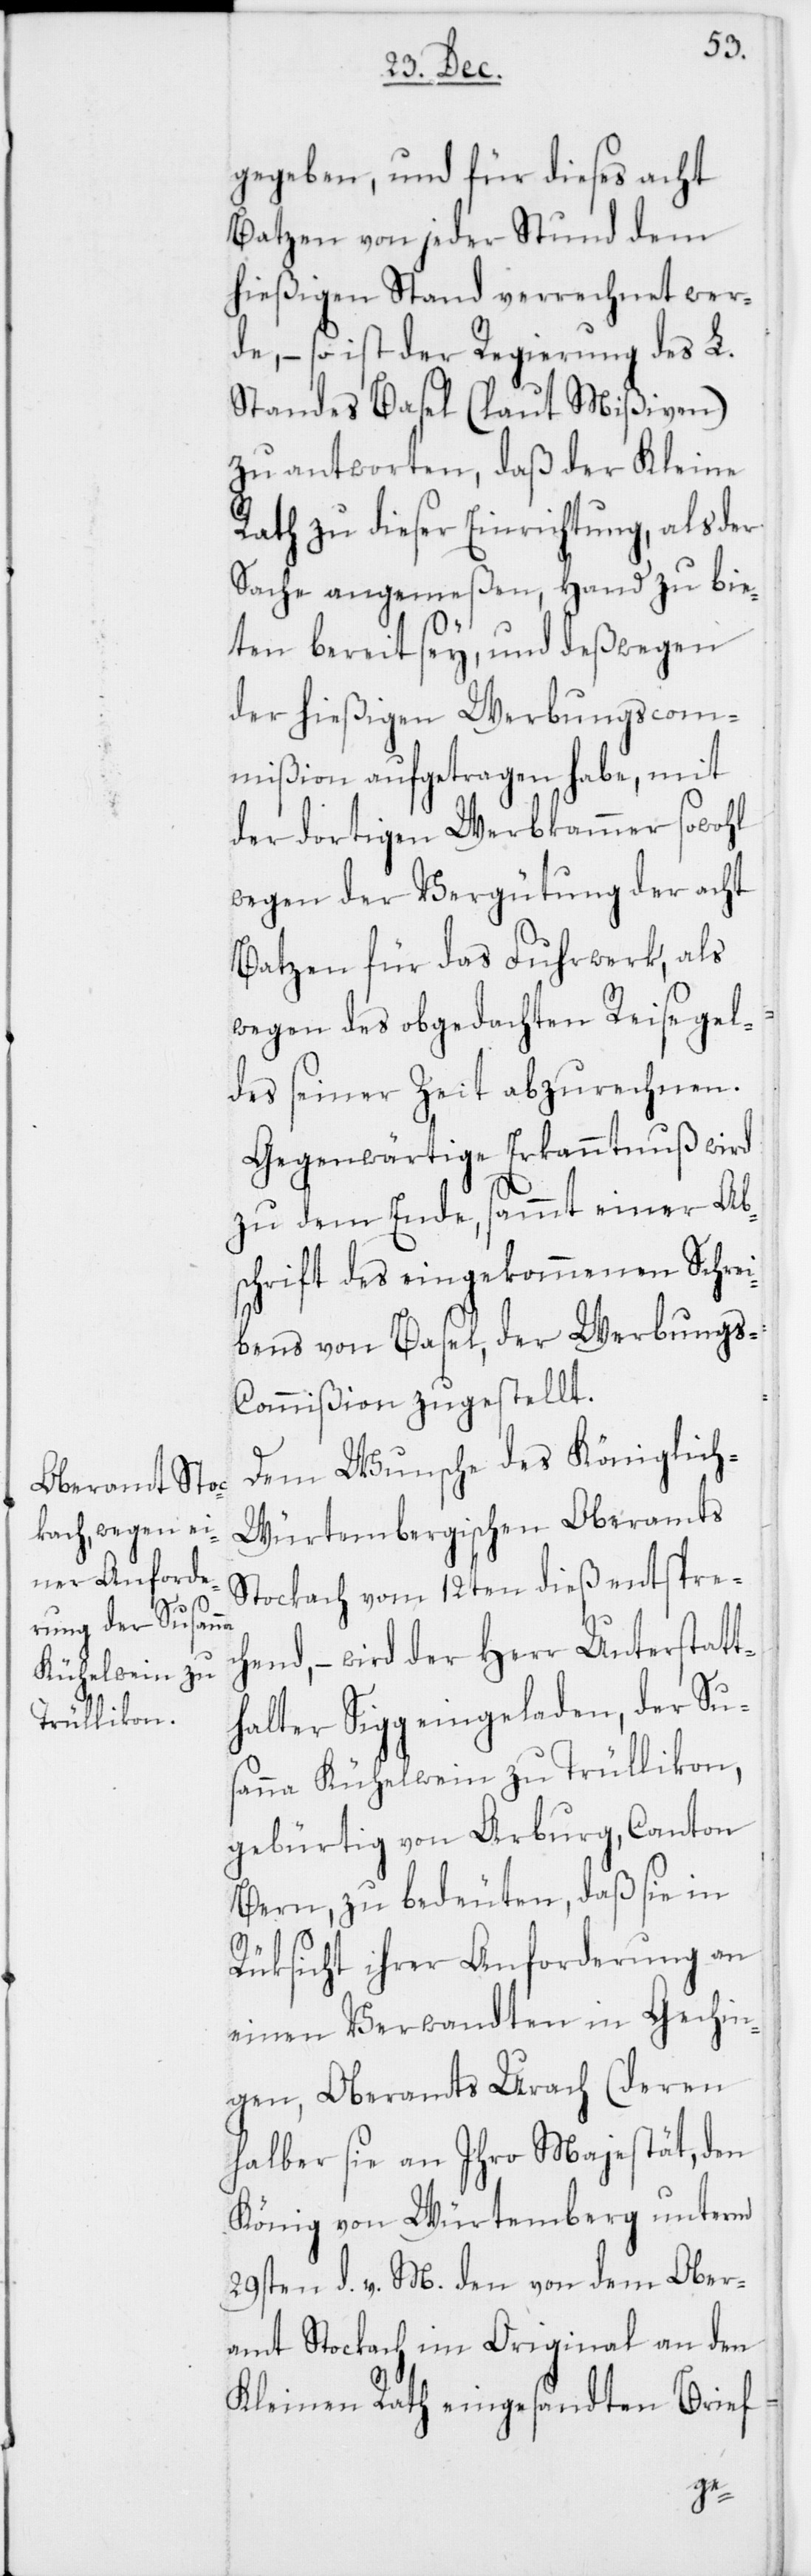
gegeben, und für dieses acht
Batzen von jeder Stund dem
hießigen Stand verrechnet wer¬
de, – so ist der Regierung des L.
Standes Basel (laut Mißiven)
zu antworten, daß der Kleine
Rath zu dieser Einrichtung, als der
Sache angemeßen, Hand zu bie¬
ten bereit sey, und deßwegen
der hießigen Werbungscom¬
mißion aufgetragen habe, mit
der dortigen Werbkammer sowohl
wegen der Vergütung der acht
Batzen für das Fuhrwerk, als
wegen des obgedachten Reisegel¬
des seiner Zeit abzurechnen.
Gegenwärtige Erkanntnuß wird
zu dem Ende, sammt einer Abs¬
chrift des eingekommenen Schrei¬
bens von Basel, der Werbungs-C¬
ommißion zugestellt.
Dem Wunsche des Königlic¬
h-Würtembergischen Oberamts
Stockach vom 12ten dieß entsprec¬
hend, – wird der Herr Unterstatt¬
halter Sigg eingeladen, der Su¬
sanna Kühelwein zu Trüllikon,
gebürtig von Arburg, Canton
Bern, zu bedeuten, daß sie in
Rüksicht ihrer Anforderung an
einen Verwandten in Gechin¬
gen, Oberamts Urach (deren
halber sie an Ihro Majestät, den
König von Würtemberg unterm
29sten d. v. M. den von dem Ober¬
amt Stockach im Original an den
Kleinen Rath eingesandten Brief